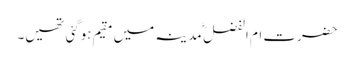
حضرت ام الفضل ؓ مدینہ میں مقیم ہوگئی تھیں۔